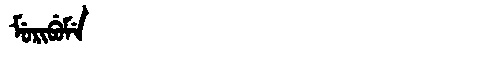
Manchu: ᠮᡠᡵᡳᠪᡠᠮᡝ
Romanization: MURIBUME